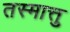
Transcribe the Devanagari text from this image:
तस्मात्तु